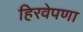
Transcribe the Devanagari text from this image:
हिरवेपणा